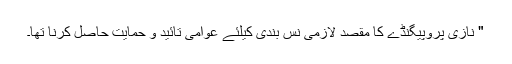
" نازی پروپیگنڈے کا مقصد لازمی نس بندی کیلئے عوامی تائید و حمایت حاصل کرنا تھا۔